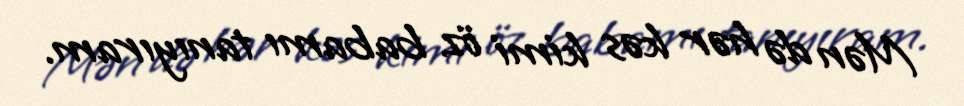
Mən də hər kəs kimi öz babamı tanıyıram.